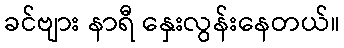
ခင်ဗျား နာရီ နှေးလွန်းနေတယ်။